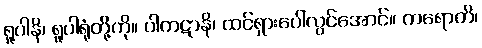
ရူပါနိ၊ ရူပါရုံတို့ကို။ ပါကဋာနိ၊ ထင်ရှားပေါ်လွင်အောင်။ ကရောတိ၊